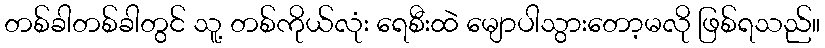
တစ်ခါတစ်ခါတွင် သူ့ တစ်ကိုယ်လုံး ရေစီးထဲ မျောပါသွားတော့မလို ဖြစ်ရသည်။